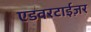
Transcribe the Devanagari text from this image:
एडवरटाईज़र